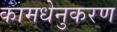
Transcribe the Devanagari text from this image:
कामधेनुकरण